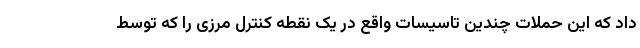
داد که این حملات چندین تاسیسات واقع در یک نقطه کنترل مرزی را که توسط